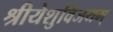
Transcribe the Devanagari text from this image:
श्रीयेशुविजयम्